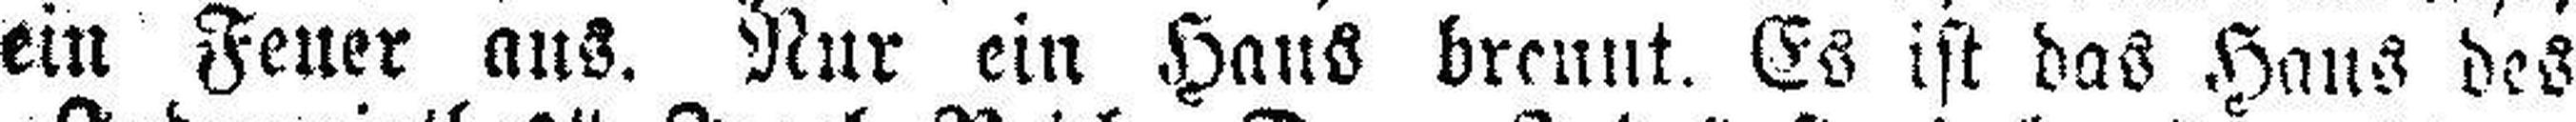
ein Feuer aus. Nur ein Haus brennt. Es ist das Haus des